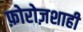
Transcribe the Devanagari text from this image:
फ़ोरोज़शाही